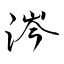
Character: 涔